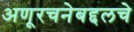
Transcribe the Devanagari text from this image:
अणूरचनेबद्दलचे